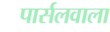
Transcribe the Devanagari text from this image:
पार्सलवाला